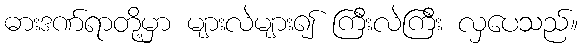
ဓားဒဏ်ရာတို့မှာ များလဲများ၍ ကြီးလဲကြီး လှပေသည်။